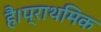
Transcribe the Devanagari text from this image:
है।प्राथमिक